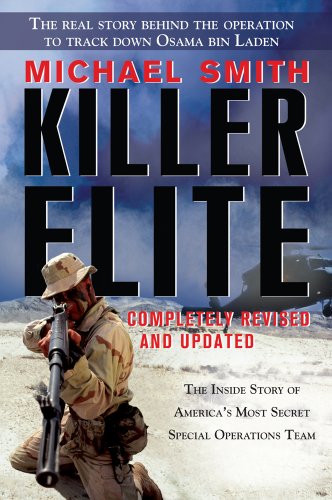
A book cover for Killer Elite: Completely Revised and Updated: The Inside Story of America's Most Secret Special Operations Team; Michael Smith; History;